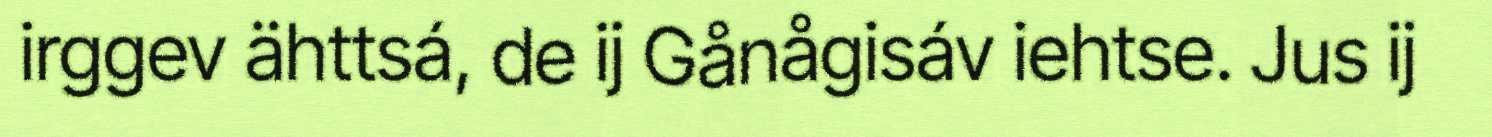
irggev ähttsá, de ij Gånågisáv iehtse. Jus ij